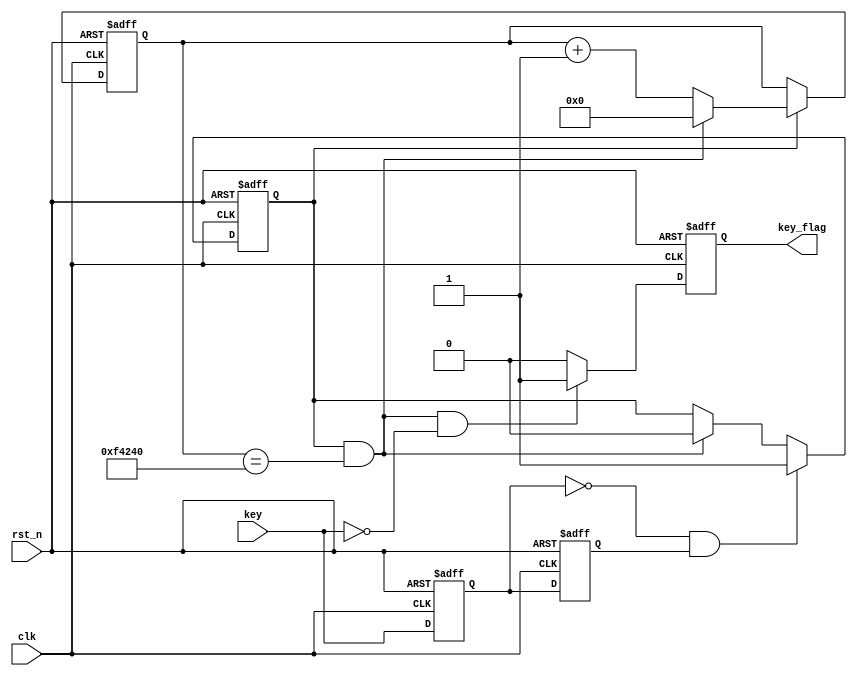
`timescale 1ns / 1ps
//////////////////////////////////////////////////////////////////////////////////
// Company: 
// Engineer: 
// 
// Design Name: 
// Module Name: keys
// Project Name: 
// Target Devices: 
// Tool Versions: 
// Description: 
// 
// Dependencies: 
// 
// Revision:
// Revision 0.01 - File Created
// Additional Comments:
// 
//////////////////////////////////////////////////////////////////////////////////

/*
    key_filter u_key_filter(
        .sys_clk   (),
        .sys_rst_n (),
        .key       (),
        .key_flag  ()
    );
*/
module key_filter(
    input  wire  clk,
    input  wire  rst_n,
    input  wire  key,
    output reg   key_flag
    
    );
    parameter CLK_FRE = 50;
    parameter CNT_20MS= 20_000*CLK_FRE;

    reg [21:0]  cnt_20ms;
    reg         en_cnt_20ms;
    wire        end_cnt_20ms;

    reg key0;
    reg key1;
    wire key_negedge;

    //
    assign key_negedge = ~key0 & key1;
    always @(posedge clk or negedge rst_n) begin
        if (rst_n==1'b0)begin
            key0 <= 1'b0;
            key1 <= 1'b0;
        end
        else begin
            key0 <= key;
            key1 <= key0;
        end
    end
 
    //20ms
    always @(posedge clk or negedge rst_n) begin
        if(!rst_n)
            cnt_20ms <= 22'd0;
        else if(en_cnt_20ms) begin
            if(end_cnt_20ms)
                cnt_20ms <= 22'd0;
            else
                cnt_20ms <= cnt_20ms + 1'b1;
        end
        else
            cnt_20ms <= cnt_20ms;
    end
    assign end_cnt_20ms = en_cnt_20ms && (cnt_20ms == CNT_20MS);
    
    always @(posedge clk or negedge rst_n) begin
        if(!rst_n)
            en_cnt_20ms <= 1'b0;
        else if(key_negedge)
            en_cnt_20ms <= 1'b1;
        else if(end_cnt_20ms)
            en_cnt_20ms <= 1'b0;
        else
            en_cnt_20ms <= en_cnt_20ms;
    end
    
    always @(posedge clk or negedge rst_n) begin
        if(!rst_n)
            key_flag <= 1'b0;
        else if(end_cnt_20ms && !key)
            key_flag <= 1'b1;
        else
            key_flag <= 1'b0;
    end
  
endmodule